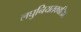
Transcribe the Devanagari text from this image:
लघुनियतकालिक